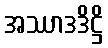
အဿာဒဒိဋ္ဌိ